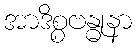
အာဒိစ္စဗန္ဓုနာ